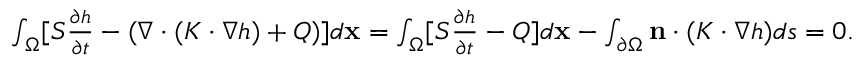
\begin{array} { r } { \int _ { \Omega } [ S \frac { \partial h } { \partial t } - ( \nabla \cdot ( K \cdot \nabla h ) + Q ) ] d \mathbf { x } = \int _ { \Omega } [ S \frac { \partial h } { \partial t } - Q ] d \mathbf { x } - \int _ { \partial \Omega } \mathbf { n } \cdot ( K \cdot \nabla h ) d s = 0 . } \end{array}